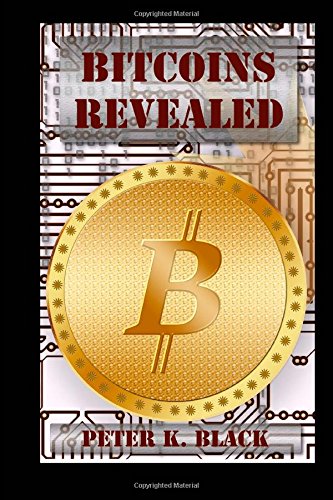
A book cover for BitCoins Revealed: How it works, Myths busted, Mining and strategies; Peter K. Black; Computers & Technology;